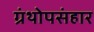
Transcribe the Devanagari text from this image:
ग्रंथोपसंहार